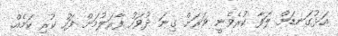
އަޅުގަނޑަށް ލަފާ ކުރެވެނީ ވަރަށް ގިނަ ދުވަހު ފާރަލުމަށް ފަހު ކުރި ކަމެއް